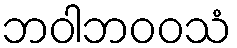
ဘဝါဘဝဝသံ